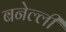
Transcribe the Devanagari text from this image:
बनेल्ली